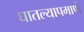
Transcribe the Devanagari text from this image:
घातल्यापमाणे